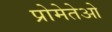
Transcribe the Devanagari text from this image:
प्रोमेतेओ